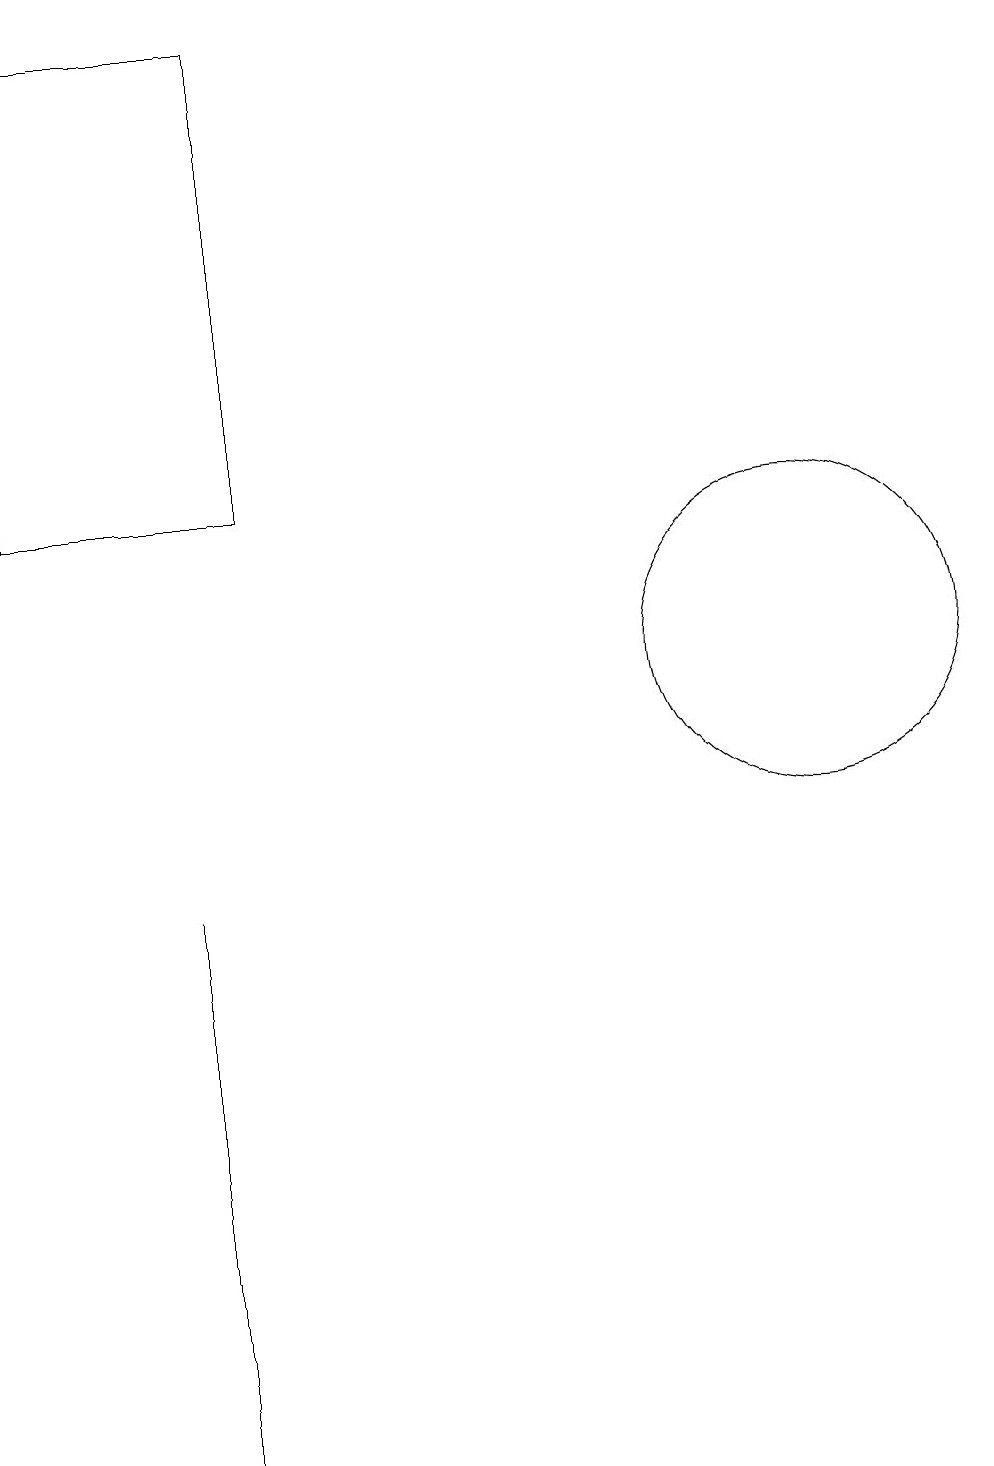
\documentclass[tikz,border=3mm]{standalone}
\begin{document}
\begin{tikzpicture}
\draw (3,1) -- (3,6) -- (3,8) -- cycle;
\draw (11,11) circle (2);
\draw (1,19) rectangle (4,13);
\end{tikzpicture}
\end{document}